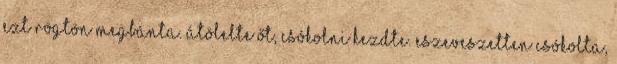
Ezt rögtön megbánta. Átölelte őt, csókolni kezdte. Eszeveszetten csókolta,